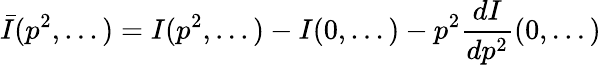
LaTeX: \bar{I}(p^{2},...)=I(p^{2},...)-I(0,...)-p^{2}\frac{dI}{dp^{2}}(0,...)